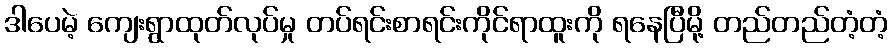
ဒါပေမဲ့ ကျေးရွာထုတ်လုပ်မှု တပ်ရင်းစာရင်းကိုင်ရာထူးကို ရနေပြီမို့ တည်တည်တံ့တံ့